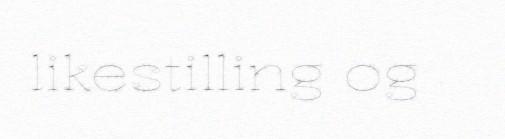
likestilling og